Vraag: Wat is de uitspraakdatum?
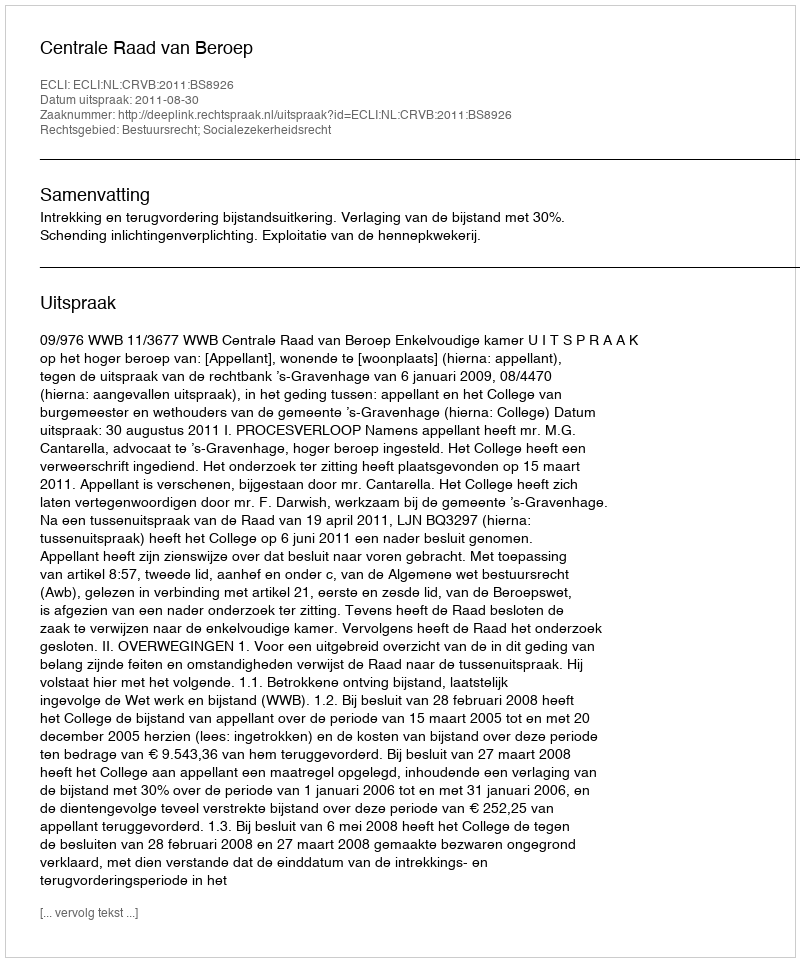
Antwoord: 2011-08-30